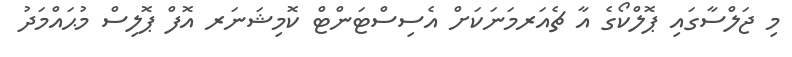
މި ޖަލްސާގައި ޕޮލްކޯގެ އާ ޗެއަރމަނަކަށް އެސިސްޓަންޓް ކޮމިޝަނަރ އޮފް ޕޮލިސް މުޙައްމަދު